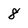
Character: 8